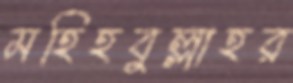
মহিহবুল্লাহর